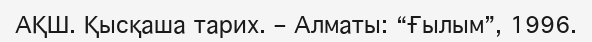
АҚШ. Қысқаша тарих. – Алматы: “Ғылым”, 1996.